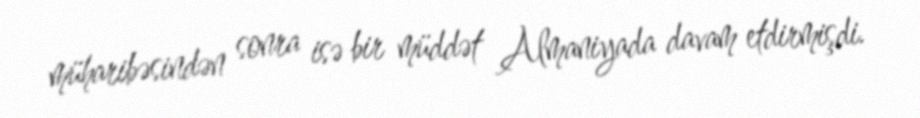
müharibəsindən sonra isə bir müddət Almaniyada davam etdirmişdi.